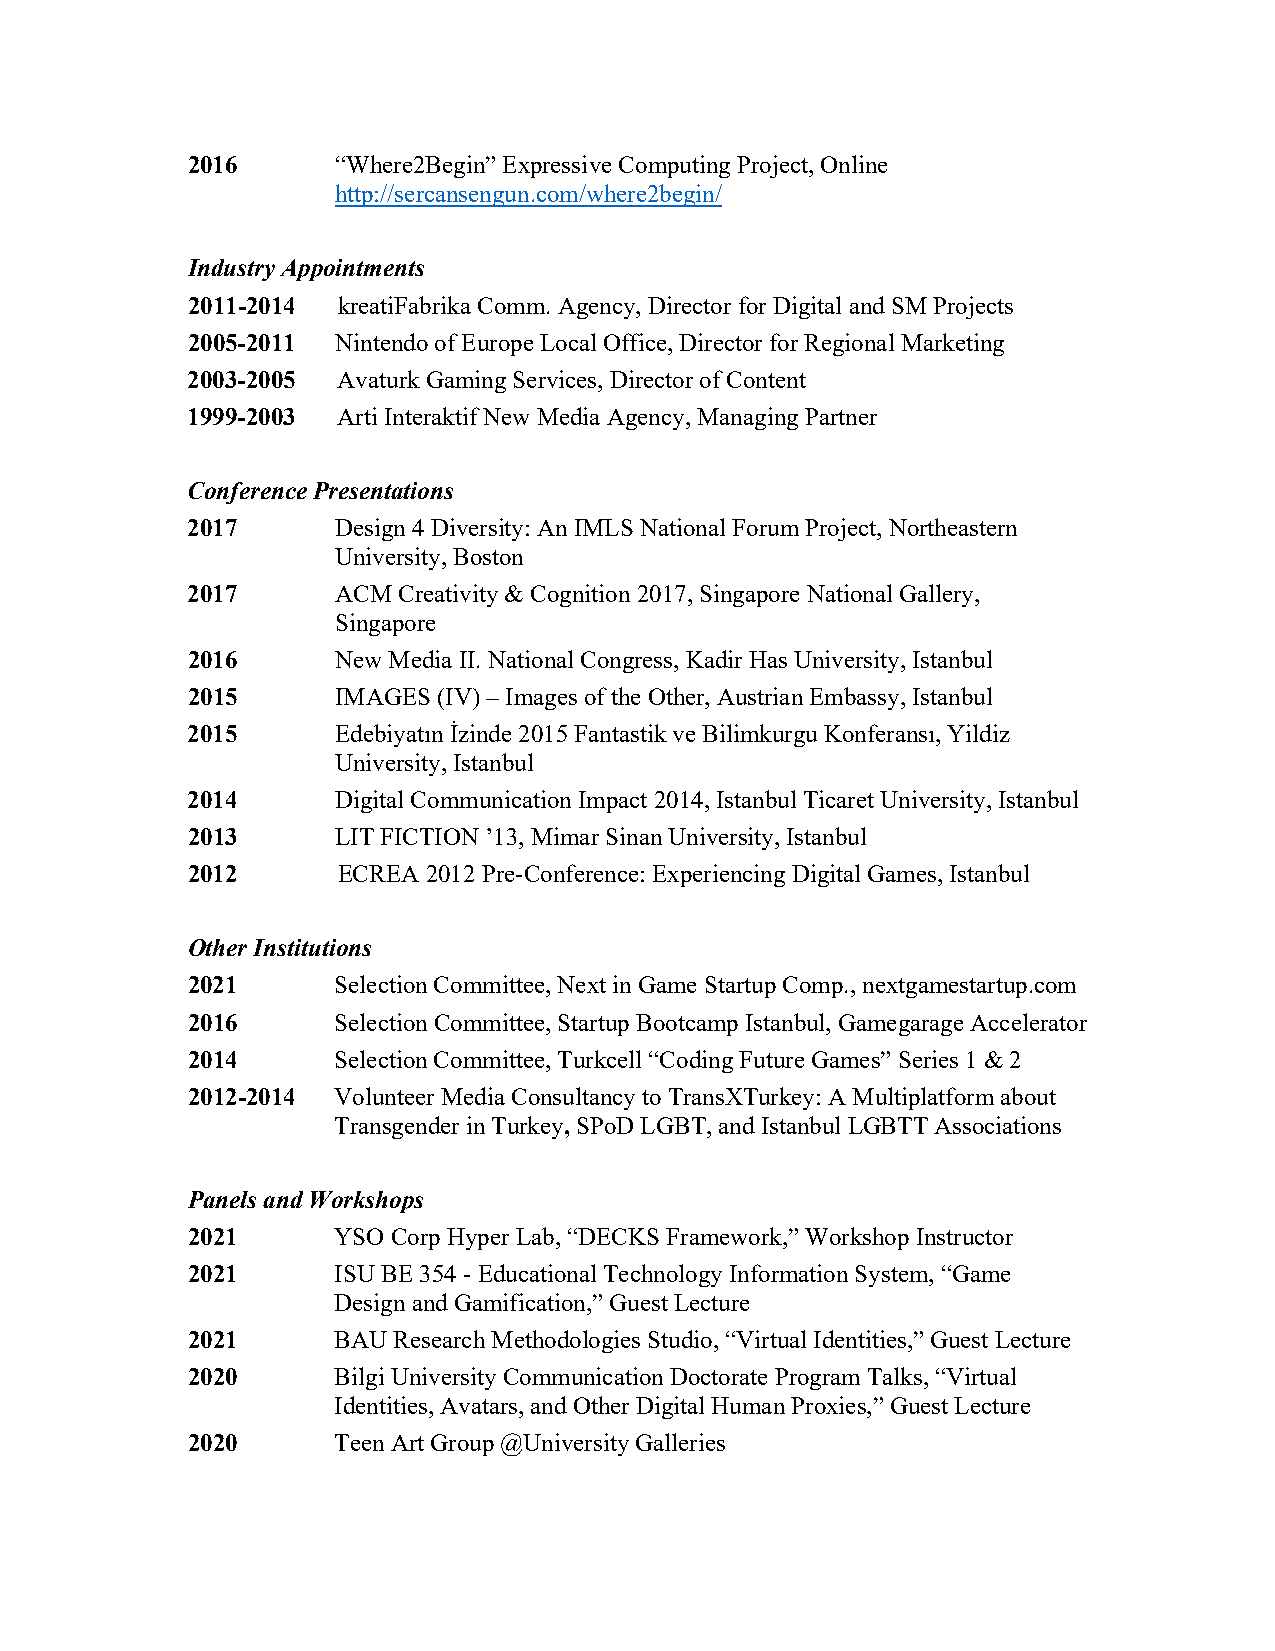
2016      “Where2Begin” Expressive Computing Project, Online
 http://sercansengun.com/where2begin/
 Industry Appointments
 2011-2014 kreatiFabrika Comm. Agency, Director for Digital and SM Projects
 2005-2011 Nintendo of Europe Local Office, Director for Regional Marketing
 2003-2005 Avaturk Gaming Services, Director of Content
 1999-2003 Arti Interaktif New Media Agency, Managing Partner
 Conference Presentations
 2017      Design 4 Diversity: An IMLS National Forum Project, Northeastern
 University, Boston
 2017      ACM Creativity & Cognition 2017, Singapore National Gallery,
 Singapore
 2016      New Media II. National Congress, Kadir Has University, Istanbul
 2015      IMAGES (IV) – Images of the Other, Austrian Embassy, Istanbul
 2015      Edebiyatın İzinde 2015 Fantastik ve Bilimkurgu Konferansı, Yildiz
 University, Istanbul
 2014      Digital Communication Impact 2014, Istanbul Ticaret University, Istanbul
 2013      LIT FICTION ’13, Mimar Sinan University, Istanbul
 2012      ECREA 2012 Pre-Conference: Experiencing Digital Games, Istanbul
 Other Institutions
 2021      Selection Committee, Next in Game Startup Comp., nextgamestartup.com
 2016      Selection Committee, Startup Bootcamp Istanbul, Gamegarage Accelerator
 2014      Selection Committee, Turkcell “Coding Future Games” Series 1 & 2
 2012-2014 Volunteer Media Consultancy to TransXTurkey: A Multiplatform about
 Transgender in Turkey, SPoD LGBT, and Istanbul LGBTT Associations
 Panels and Workshops
 2021      YSO Corp Hyper Lab, “DECKS Framework,” Workshop Instructor
 2021      ISU BE 354 - Educational Technology Information System, “Game
 Design and Gamification,” Guest Lecture
 2021      BAU Research Methodologies Studio, “Virtual Identities,” Guest Lecture
 2020      Bilgi University Communication Doctorate Program Talks, “Virtual
 Identities, Avatars, and Other Digital Human Proxies,” Guest Lecture
 2020      Teen Art Group @University Galleries